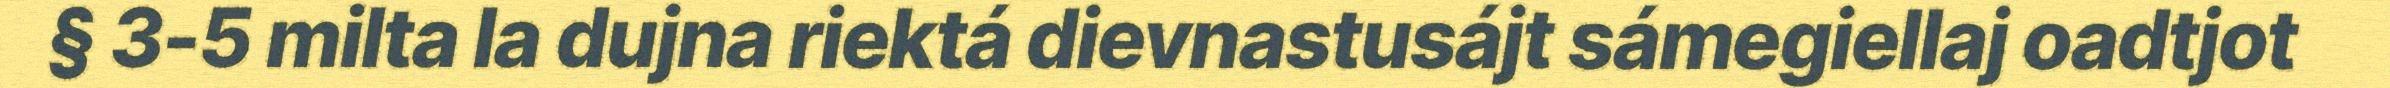
§ 3-5 milta la dujna riektá dievnastusájt sámegiellaj oadtjot